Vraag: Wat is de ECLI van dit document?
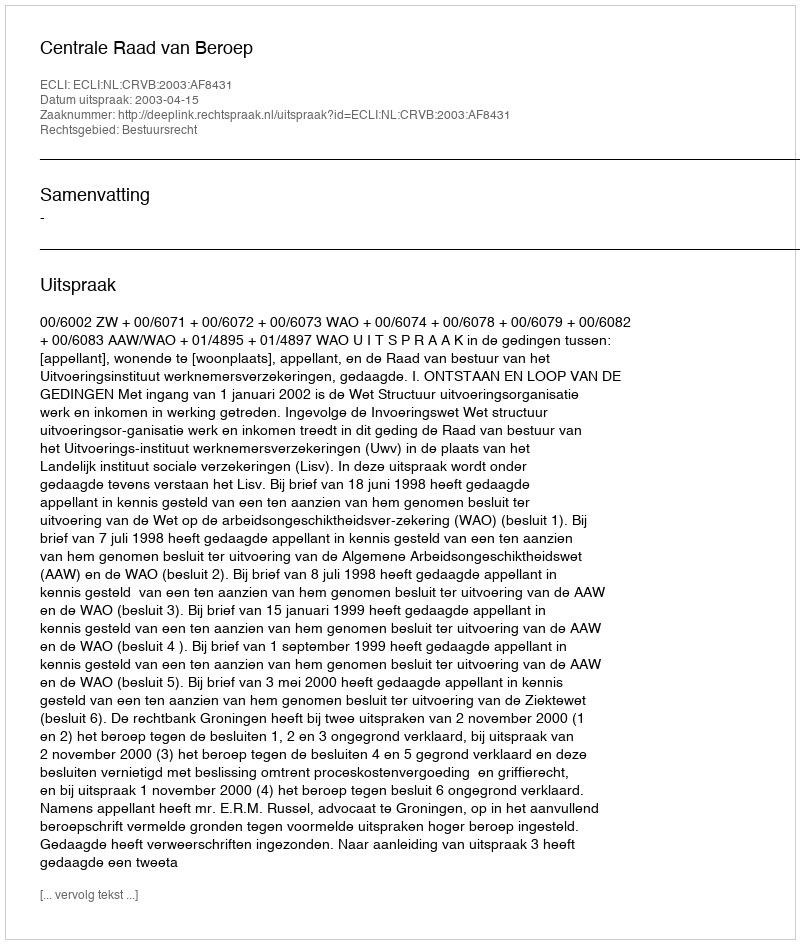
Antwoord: ECLI:NL:CRVB:2003:AF8431